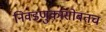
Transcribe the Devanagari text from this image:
निवडणुकांसोबतच